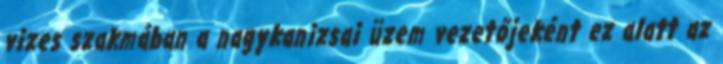
vizes szakmában a nagykanizsai üzem vezetőjeként ez alatt az